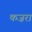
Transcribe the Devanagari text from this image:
कज़रा